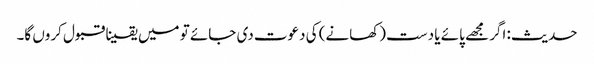
حدیث: اگر مجھے پائے یا دست (کھانے) کی دعوت دی جائے تو میں یقینا قبول کروں گا۔